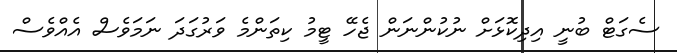
ސެގަޓް ބުނީ އިދިކޮޅަށް ނުކުންނަން ޖެހޭ ޓީމު ކިތަންމެ ވަރުގަދަ ނަމަވެސް އެއްވެސް